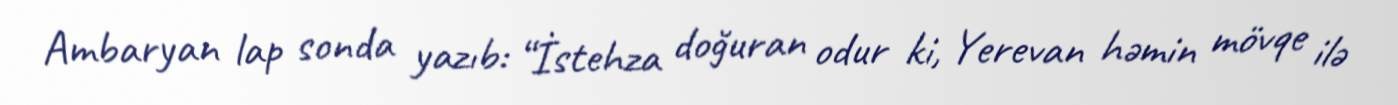
Ambaryan lap sonda yazıb: “İstehza doğuran odur ki, Yerevan həmin mövqe ilə